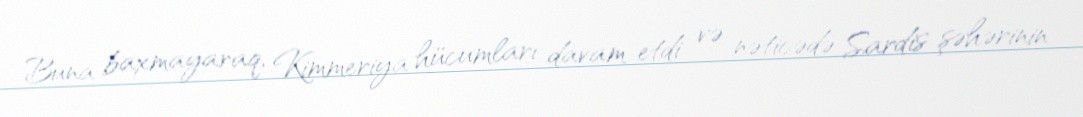
Buna baxmayaraq, Kimmeriya hücumları davam etdi və nəticədə Sardis şəhərinin